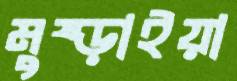
মুষ্‌ড়াইয়া